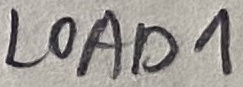
Text: LOAD1